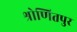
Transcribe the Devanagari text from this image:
श्रोणितपुर